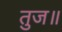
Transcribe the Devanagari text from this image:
तुज॥